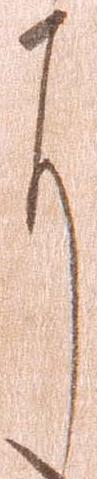
に